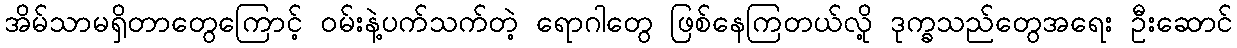
အိမ်သာမရှိတာတွေကြောင့် ဝမ်းနဲ့ပက်သက်တဲ့ ရောဂါတွေ ဖြစ်နေကြတယ်လို့ ဒုက္ခသည်တွေအရေး ဦးဆောင်